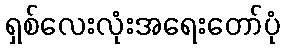
ရှစ်လေးလုံးအရေးတော်ပုံ